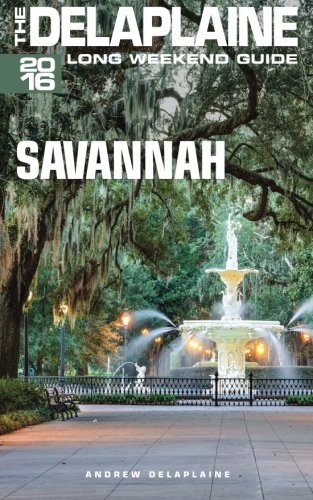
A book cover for SAVANNAH - The Delaplaine 2016 Long Weekend Guide (Long Weekend Guides); Andrew Delaplaine; Travel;